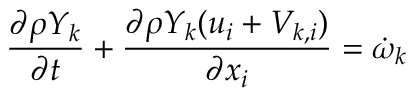
\frac { \partial \rho Y _ { k } } { \partial t } + \frac { \partial \rho Y _ { k } ( u _ { i } + V _ { k , i } ) } { \partial x _ { i } } = \dot { \omega } _ { k }